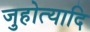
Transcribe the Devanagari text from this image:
जुहोत्यादि